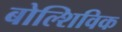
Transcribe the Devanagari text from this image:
बोल्शिविक